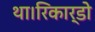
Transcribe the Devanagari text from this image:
था।रिकार्डो